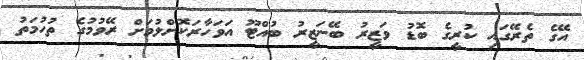
އޭގެ ތެރޭގައި ކުރީގެ ބޮޑު ވަޒީރު ބޭނަޒީރު ބުއްޓޫ އަވަހާރަކޮށްލުމަށް ރޭވުމުގެ ތުހުމަތު